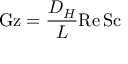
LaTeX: \mathrm { G z } = { \frac { D _ { H } } { L } } \mathrm { R e } \, \mathrm { S c }